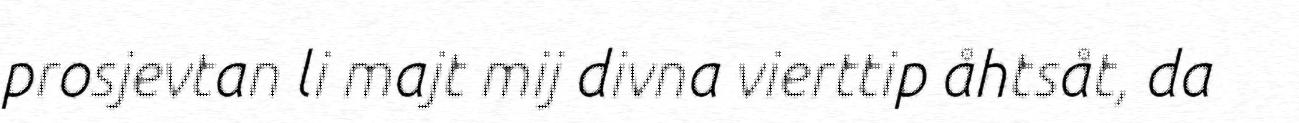
prosjevtan li majt mij divna vierttip åhtsåt, da